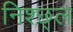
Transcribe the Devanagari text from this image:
निश्छ्ल